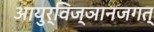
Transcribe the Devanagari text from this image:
आयुर्विज्ञानजगत्